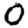
Digit: 0